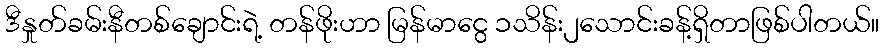
ဒီနှုတ်ခမ်းနီတစ်ချောင်းရဲ့ တန်ဖိုးဟာ မြန်မာငွေ ၁သိန်း၂သောင်းခန့်ရှိတာဖြစ်ပါတယ်။